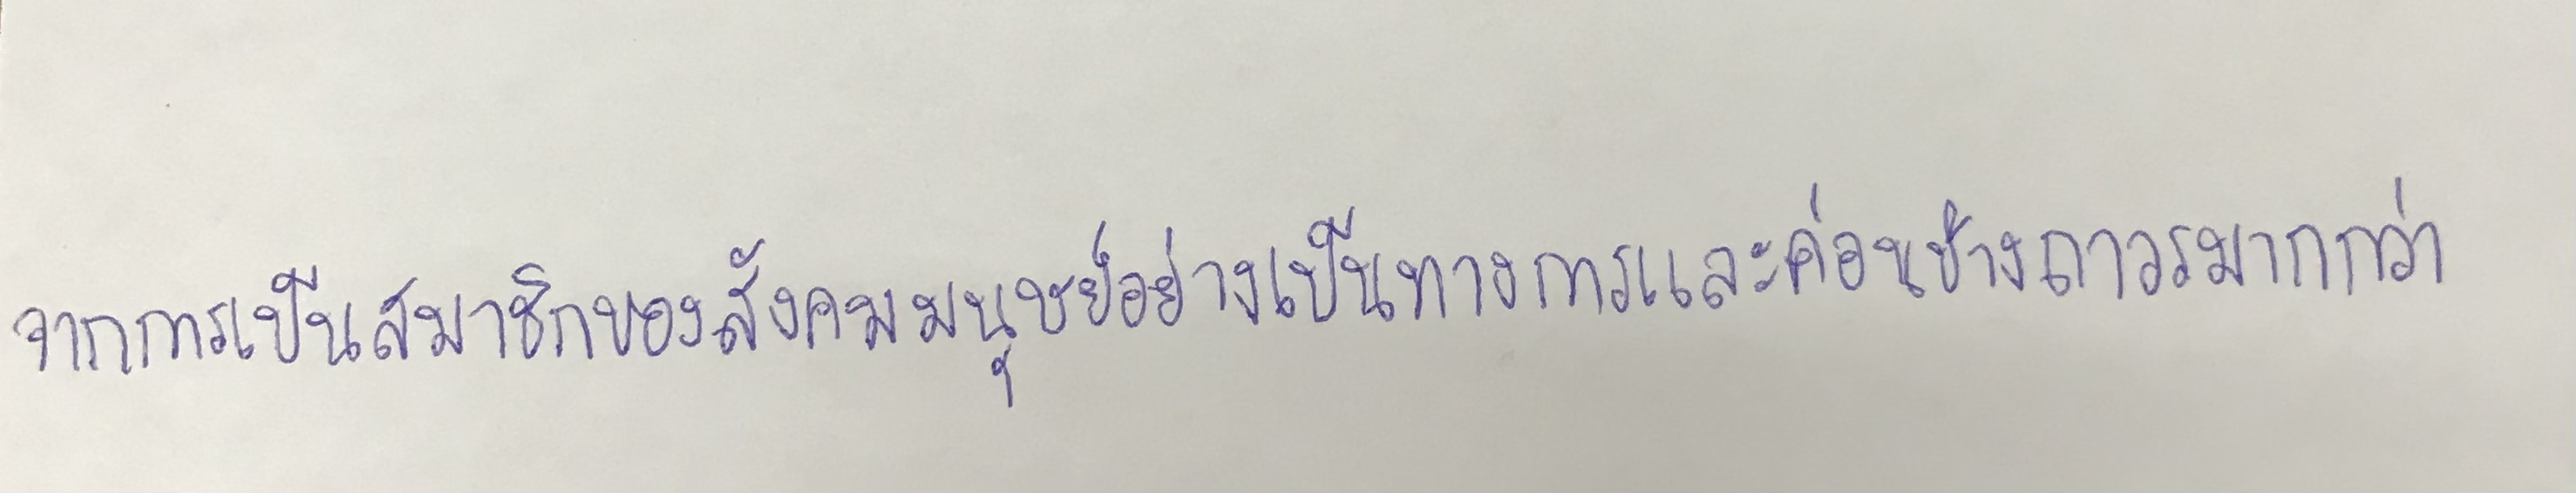
จากการเป็นสมาชิกของสังคมมนุษย์อย่างเป็นทางการและค่อนข้างถาวรมากกว่า